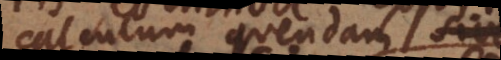
calculum quendam sive